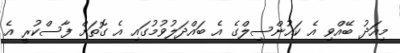
މިއަދު ބޭއްވި އެ ކައުންސިލްގެ އެ ބައްދަލުވުމުގައި އެ ގޮތަށް ފާސްކުރީ އެ